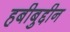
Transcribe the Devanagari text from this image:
हबीबुद्दीन